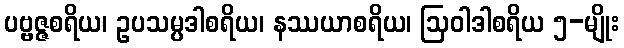
ပဗ္ဗဇ္ဇစရိယ၊ ဥပသမ္ပဒါစရိယ၊ နဿယာစရိယ၊ ဩဝါဒါစရိယ ၅-မျိုး